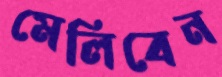
মেলিবেন